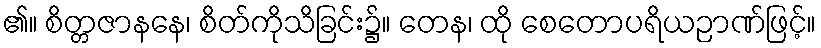
၏။ စိတ္တဇာနနေ၊ စိတ်ကိုသိခြင်း၌။ တေန၊ ထို စေတောပရိယဉာဏ်ဖြင့်။